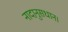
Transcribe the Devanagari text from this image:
नादानुसधान।